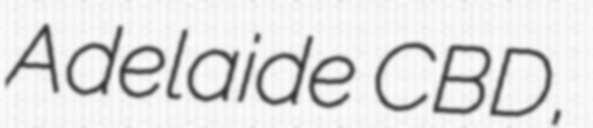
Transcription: Adelaide CBD,